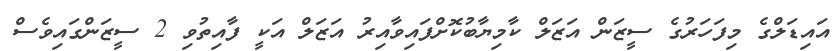
އައިޑަލްގެ މިފަހަރުގެ ސީޒަން އަޒަލް ކާމިޔާބުކޮށްފައިވާއިރު އަޒަލް އަކީ ފާއިތުވި 2 ސީޒަންގައިވެސް